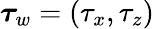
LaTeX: {\boldsymbol\tau}_{w}=(\tau_{x},\tau_{z})